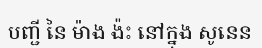
បញ្ជី នៃ ម៉ាង ង៉ះ នៅក្នុង សូនេន